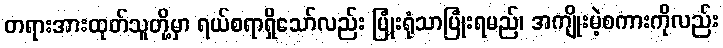
တရားအားထုတ်သူတို့မှာ ရယ်စရာရှိသော်လည်း ပြုံးရုံသာပြုံးရမည်၊ အကျိုးမဲ့စကားကိုလည်း